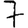
Digit: 7